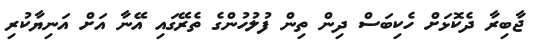
ޖާބިރާ ދެކޮޅަށް ހެކިބަސް ދިން ތިން ފުލުހުންގެ ތެރޭގައި އޭނާ އަށް އަނިޔާކުރި